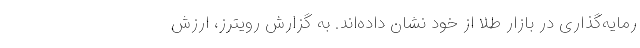
رمایه‌گذاری در بازار طلا از خود نشان داده‌اند. به گزارش رویترز، ارزش